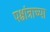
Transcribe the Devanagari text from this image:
पश्चांत्राच्या